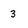
Character: 3